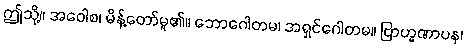
ဤသို့။ အဝေါစ၊ မိန့်တော်မူ၏။ ဘောဂေါတမ၊ အရှင်ဂေါတမ။ ဗြာဟ္မဏာပန၊